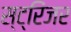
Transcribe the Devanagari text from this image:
स्ट्रिंजर